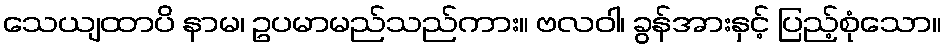
သေယျထာပိ နာမ၊ ဥပမာမည်သည်ကား။ ဗလဝါ၊ ခွန်အားနှင့် ပြည့်စုံသော။